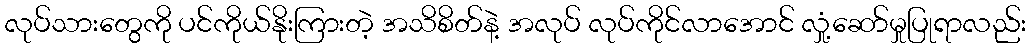
လုပ်သားတွေကို ပင်ကိုယ်နိုးကြားတဲ့ အသိစိတ်နဲ့ အလုပ် လုပ်ကိုင်လာအောင် လှုံ့ဆော်မှုပြုရာလည်း